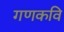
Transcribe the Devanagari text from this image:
गणकवि